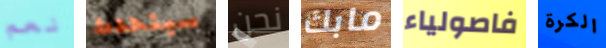
نعم سيتحدث نحن مابك فاصولياء الكرة